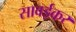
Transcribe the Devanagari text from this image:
सावईकर